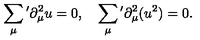
\sum _ { \mu } { } ^ { \prime } \partial _ { \mu } ^ { 2 } u = 0 , \quad \sum _ { \mu } { } ^ { \prime } \partial _ { \mu } ^ { 2 } ( u ^ { 2 } ) = 0 .